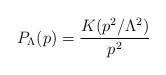
LaTeX: \begin{align*}P_{\Lambda}(p)=\frac{K(p^2/\Lambda^{2})}{p^2}\end{align*}